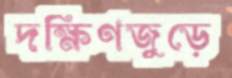
দক্ষিণজুড়ে